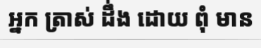
អ្នក ត្រាស់ ដឹ់ង ដោយ ពុំ មាន